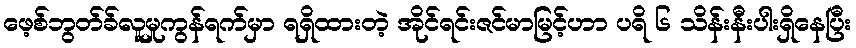
ဖေ့စ်ဘွတ်ခ်လူမှုကွန်ရက်မှာ ရရှိထားတဲ့ အိုင်ရင်းဇင်မာမြင့်ဟာ ပရိ ၆ သိန်းနီးပါးရှိနေပြီး